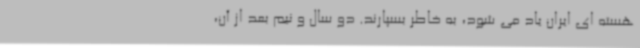
هسته ای ایران یاد می شود، به خاطر بسپارند. دو سال و نیم بعد از آن،